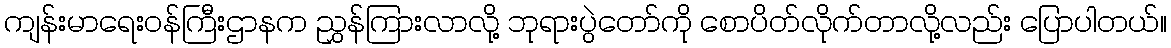
ကျန်းမာရေးဝန်ကြီးဌာနက ညွှန်ကြားလာလို့ ဘုရားပွဲတော်ကို စောပိတ်လိုက်တာလို့လည်း ပြောပါတယ်။